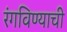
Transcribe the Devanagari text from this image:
रंगविण्याची